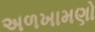
અળખામણો